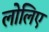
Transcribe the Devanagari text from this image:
लोलिए